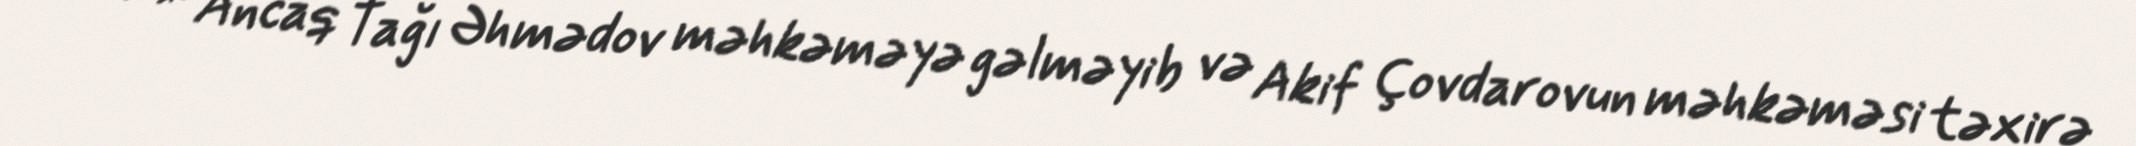
*** Ancaq Tağı Əhmədov məhkəməyə gəlməyib və Akif Çovdarovun məhkəməsi təxirə